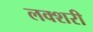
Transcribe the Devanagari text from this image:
लक्शरी